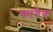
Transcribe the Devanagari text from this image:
कायैक